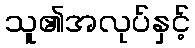
သူ၏အလုပ်နှင့်